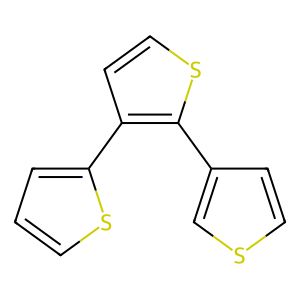
SMILES: c1csc(-c2ccsc2-c2ccsc2)c1
Inhibits HIV replication: No